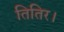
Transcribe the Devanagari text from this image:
तितिर।